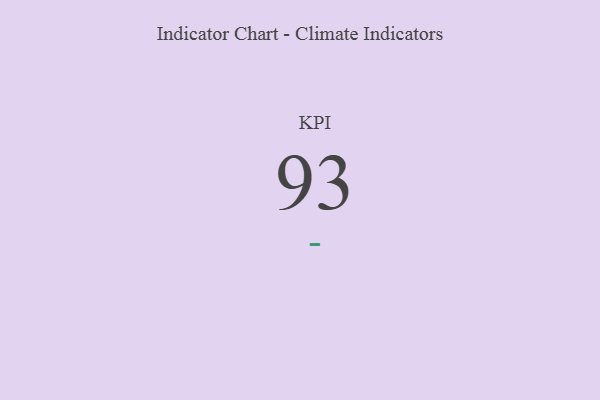
{"axis": {"x": "KPI", "y": "Value"}, "legend": [""], "data": [{"x": "KPI", "y": 93, "type": ""}]}